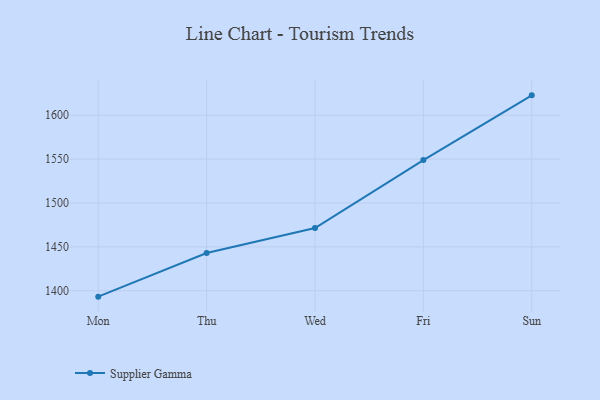
{"axis": {"x": "Day", "y": "Backlog"}, "legend": ["Supplier Gamma"], "data": [{"x": "Mon", "y": 1393.2, "type": "Supplier Gamma"}, {"x": "Thu", "y": 1442.9, "type": "Supplier Gamma"}, {"x": "Wed", "y": 1471.4, "type": "Supplier Gamma"}, {"x": "Fri", "y": 1548.9, "type": "Supplier Gamma"}, {"x": "Sun", "y": 1622.7, "type": "Supplier Gamma"}]}